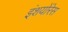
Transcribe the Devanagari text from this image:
इंशयोंरेस